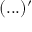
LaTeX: ( . . . ) ^ { \prime }